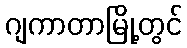
ဂျကာတာမြို့တွင်